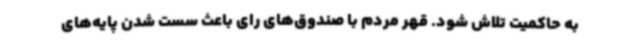
به حاکمیت تلاش شود. قهر مردم با صندوق‌های رای باعث سست شدن پایه‌های